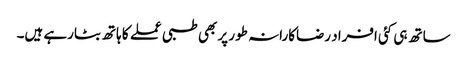
ساتھ ہی کئی افراد رضاکارانہ طور پر بھی طبی عملے کا ہاتھ بٹارہے ہیں۔